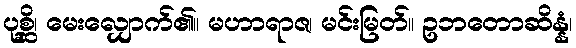
ပုစ္ဆိ၊ မေးလျှောက်၏။ မဟာရာဇ၊ မင်းမြတ်။ ဥဘတောဆိန္နံ၊